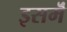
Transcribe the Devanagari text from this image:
इसमॆं